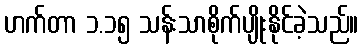
ဟက်တာ ၁.၁၅ သန်းသာစိုက်ပျိုးနိုင်ခဲ့သည်။